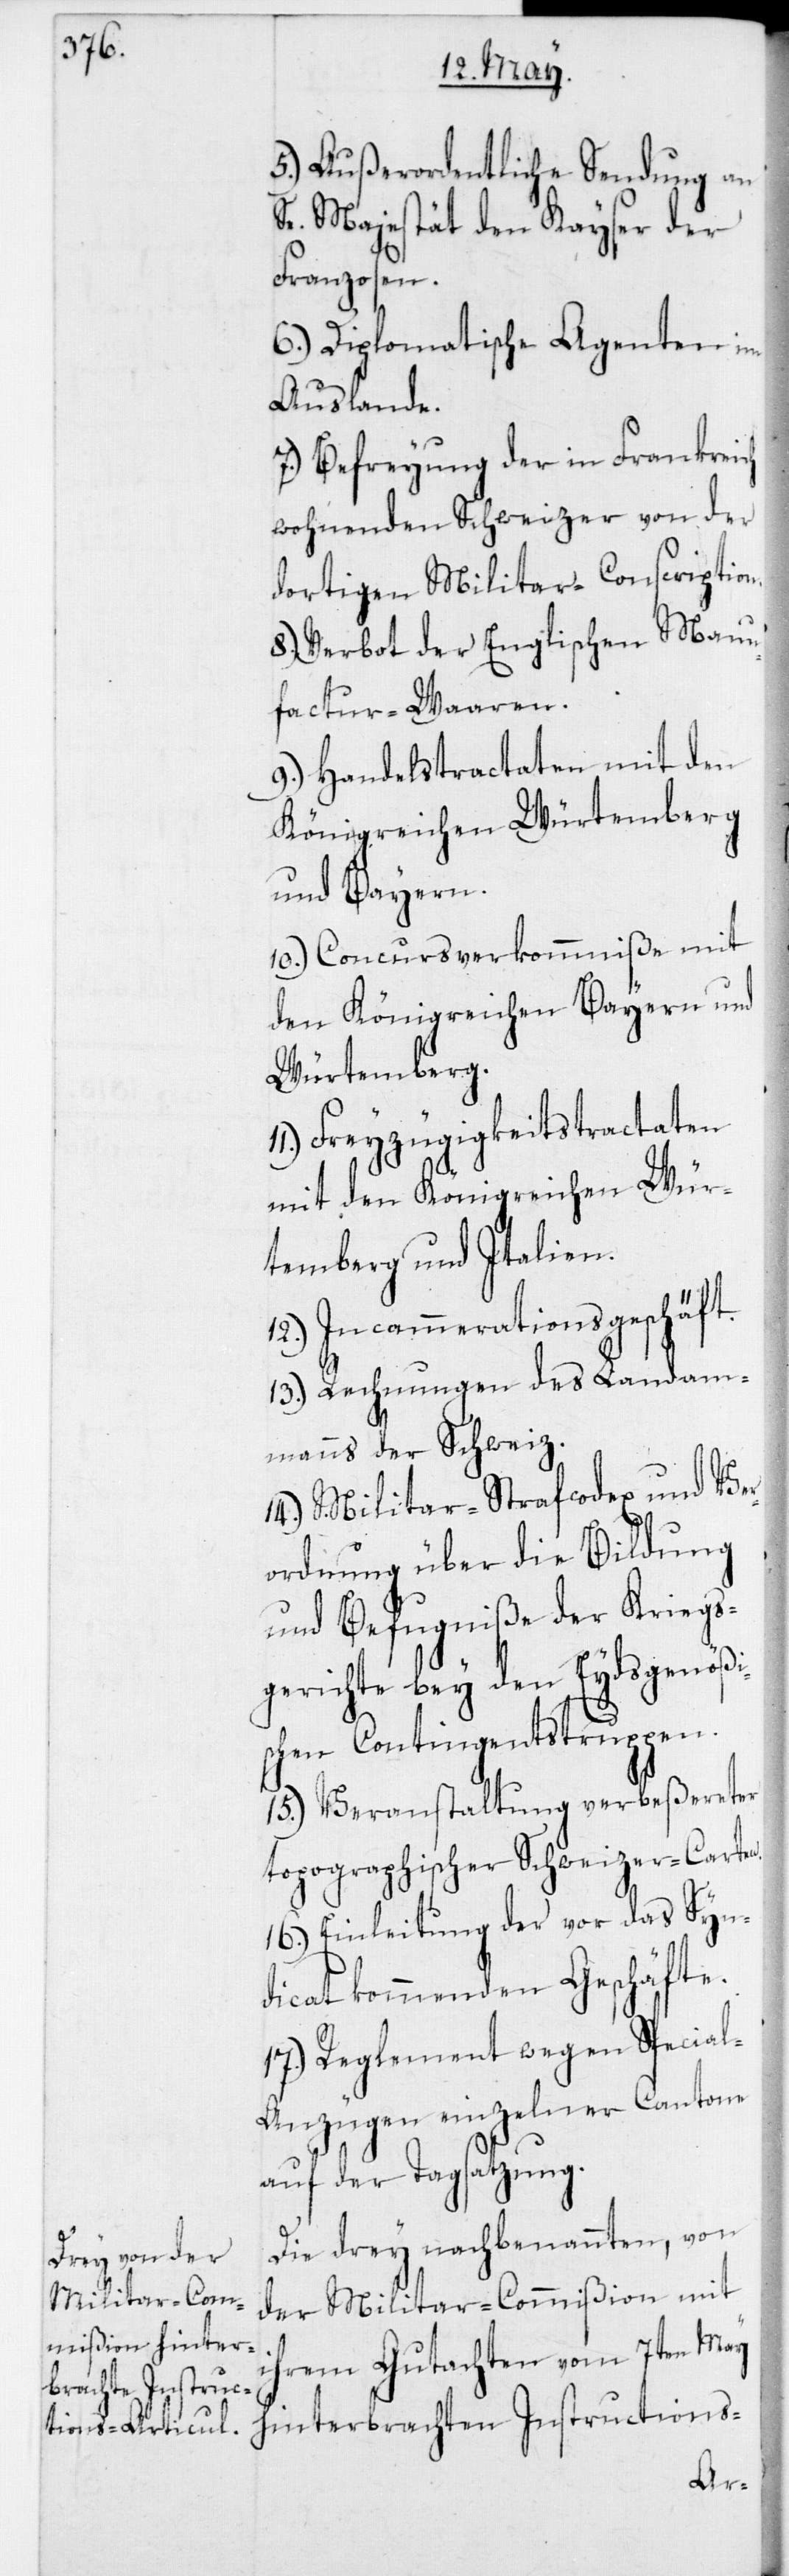
5. Außerordentliche Sendung an
Se. Majestät den Kayser der
Franzosen.
6. Diplomatische Agenten im
Auslande.
7. Befreyung der in Frankreich
wohnenden Schweizer von der
dortigen Militar-Conscription.
8. Verbot der Englischen Manu¬
factur-Waaren.
9. Handelstractaten mit den
Königreichen Würtemberg
und Bayern.
10. Concursverkommniße mit
den Königreichen Bayern und
Würtemberg.
11. Freizügigkeitstractaten
mit den Königreichen Wür¬
temberg und Italien.
12. Incammerationsgeschäft.
13. Rechnungen des Landam¬
manns der Schweiz.
14. Militar-Strafcodex und Ver¬
ordnung über die Bildung
und Befugniße der Kriegs¬
gerichte bey den Eydsgenößi¬
schen Contingents-truppen.
15. Veransaltung verbeßereter
topographischer Schweizer-Carten.
16. Einleitung der vor das Syn¬
dicat kommenden Geschäfte.
17. Reglement wegen Specia¬
l-Anzügen einzelner Cantone
auf der Tagsatzung.
Die drey nachbenannten, von
der Militar-Commißion mit
ihrem Gutachten vom 7ten May
hinterbrachten Instructions-